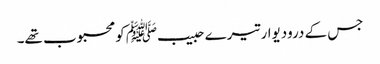
جس کے درودیوار تیرے حبیبﷺ کو محبوب تھے۔